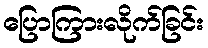
ပြောကြားလိုက်ခြင်း